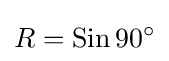
R=\operatorname {Sin} 90^{\circ }